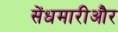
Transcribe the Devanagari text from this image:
सेंधमारीऔर